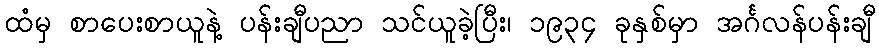
ထံမှ စာပေးစာယူနဲ့ ပန်းချီပညာ သင်ယူခဲ့ပြီး၊ ၁၉၃၄ ခုနှစ်မှာ အင်္ဂလန်ပန်းချီ